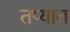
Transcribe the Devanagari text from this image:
तप्यात